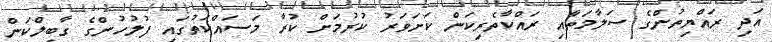
އަދި ރައްޔިތުންގެ ސަލާމަތާއި ރައްކާތެރިކަން ކަށަވަރު ކުރުމަށް ކުރާ މަސައްކަތުގައި ފުލުހުންގެ ގާބިލްކަން